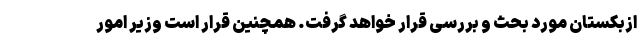
ازبکستان مورد بحث و بررسی قرار خواهد گرفت. همچنین قرار است وزیر امور